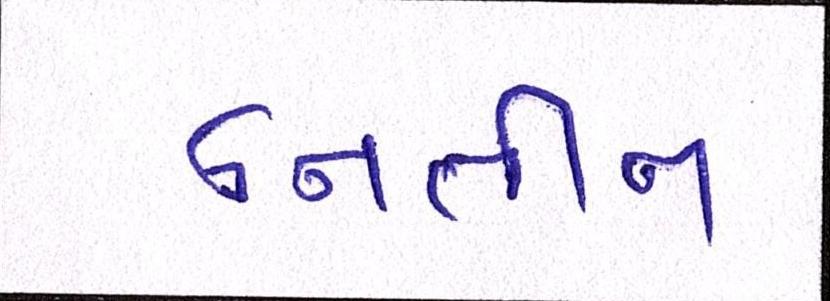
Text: નિતીન